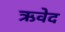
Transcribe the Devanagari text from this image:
ऋवेद